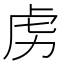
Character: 虏